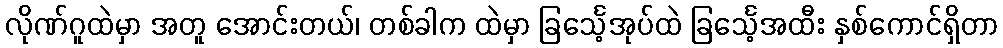
လိုဏ်ဂူထဲမှာ အတူ အောင်းတယ်၊ တစ်ခါက ထဲမှာ ခြင်္သေ့အုပ်ထဲ ခြင်္သေ့အထီး နှစ်ကောင်ရှိတာ